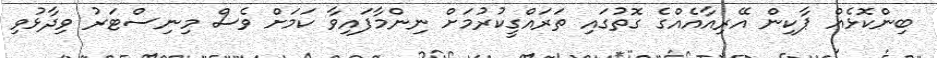
ބިންކޮޅެއް ޕާކިން އޭރިއާއެއްގެ ގޮތުގައި ތަރައްގީކުރުމަށް ނިންމާފައިވާ ކަމަށް ވެސް މިނިސްޓަރު ވިދާޅުވި